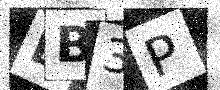
Text: DB3P